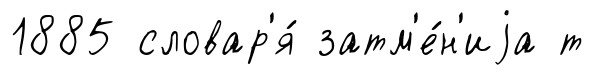
1885 словар'я́ затм'е́н'иjа т